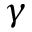
\gamma